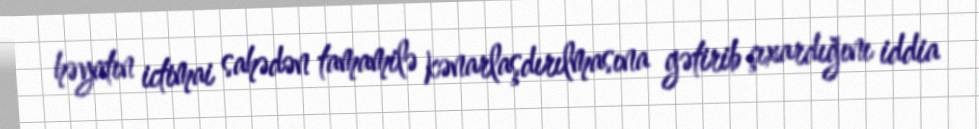
həyatın ictimai sahədən tamamilə kənarlaşdırılmasına gətirib çıxardığını iddia